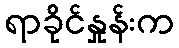
ရာခိုင်နှုန်းက